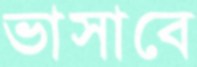
ভাসাবে